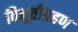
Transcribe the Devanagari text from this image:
विभूतीग्रहण